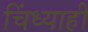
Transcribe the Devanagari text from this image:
चिंध्याही